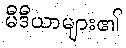
မီဒီယာများ၏